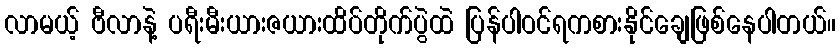
လာမယ့် ဗီလာနဲ့ ပရီးမီးယားဇယားထိပ်တိုက်ပွဲထဲ ပြန်ပါဝင်ရကစားနိုင်ချေဖြစ်နေပါတယ်။